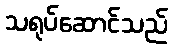
သရုပ်ဆောင်သည်